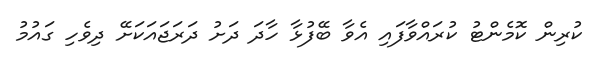
ކުރިން ކޮމެންޓު ކުރައްވާފައި އެވާ ބޭފުޅާ ހާދަ ދަށު ދަރަޖައަކަށޭ ދިވެހި ގައުމު